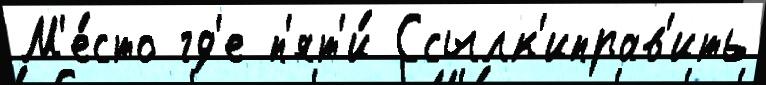
М'е́сто гд'е п'ят'и́ Ссылк'иправ'ить